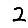
Digit: 2